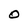
Character: O